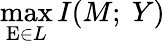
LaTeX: \operatorname*{max}_{\mathrm{E}\in L}I(M;~Y)